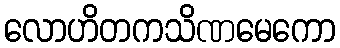
လောဟိတကသိဏမေကော